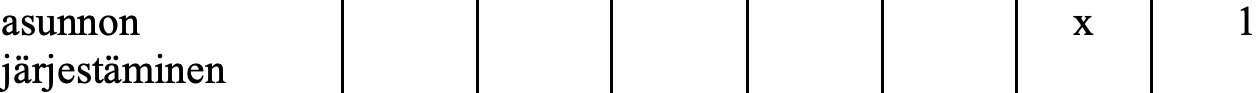
asunnon                             x    1 järjestäminen